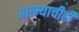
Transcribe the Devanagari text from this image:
आत्म्याचीही